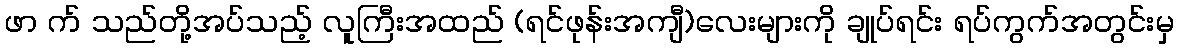
ဖာ က် သည်တို့အပ်သည့် လူကြီးအထည် (ရင်ဖုန်းအကျီ)လေးများကို ချုပ်ရင်း ရပ်ကွက်အတွင်းမှ